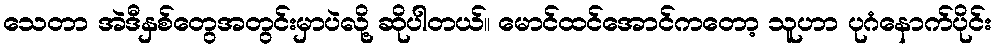
သေတာ အဲဒီနှစ်တွေအတွင်းမှာပဲလို့ ဆိုပါတယ်။ မောင်ထင်အောင်ကတော့ သူဟာ ပုဂံနောက်ပိုင်း